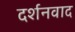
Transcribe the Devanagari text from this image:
दर्शनवाद